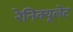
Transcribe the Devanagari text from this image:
रेनिक्यूलेट